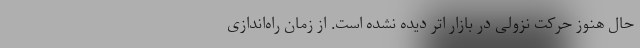
حال هنوز حرکت نزولی در بازار اتر دیده نشده است. از زمان راه‌اندازی